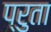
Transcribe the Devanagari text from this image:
प्रुता